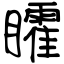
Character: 矐